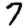
Digit: 7